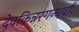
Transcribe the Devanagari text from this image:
देवकिन्नरगन्धर्वाः